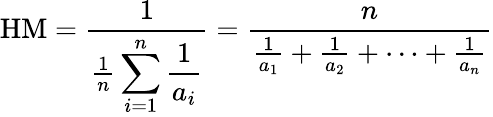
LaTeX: {\mathrm{HM}}={\frac{1}{{\frac{1}{n}}\displaystyle\sum_{i=1}^{n}{\frac{1}{a_{i}}}}}={\frac{n}{{\frac{1}{a_{1}}}+{\frac{1}{a_{2}}}+\cdots+{\frac{1}{a_{n}}}}}